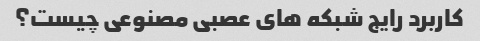
کاربرد رایج شبکه های عصبی مصنوعی چیست؟